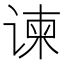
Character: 谏